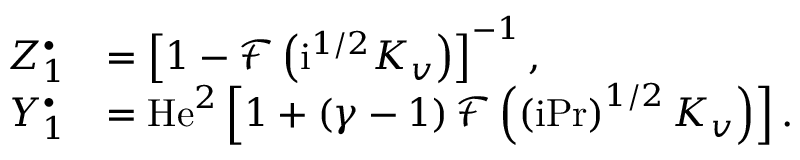
\begin{array} { r l } { Z _ { 1 } ^ { \bullet } } & { = \left[ 1 - \mathcal { F } \left( \mathrm { i } ^ { 1 / 2 } K _ { v } \right) \right] ^ { - 1 } , } \\ { Y _ { 1 } ^ { \bullet } } & { = \mathrm { H e } ^ { 2 } \left[ 1 + \left( \gamma - 1 \right) \mathcal { F } \left( \left( \mathrm { i } \mathrm { P r } \right) ^ { 1 / 2 } K _ { v } \right) \right] . } \end{array}